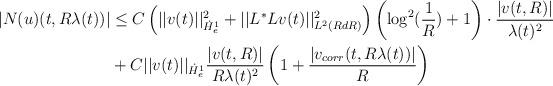
LaTeX: \begin{align*} |N(u)(t,R\lambda(t))| &\leq C\left(||v(t)||^{2}_{\dot{H}^{1}_{e}} + ||L^{*}Lv(t)||_{L^{2}(R dR)}^{2}\right)\left(\log^{2}(\frac{1}{R})+1\right) \cdot \frac{|v(t,R)|}{\lambda(t)^{2}}\\&+C ||v(t)||_{\dot{H}^{1}_{e}}\frac{|v(t,R)|}{R \lambda(t)^{2}} \left(1+\frac{|v_{corr}(t,R\lambda(t))|}{R}\right)\end{align*}